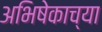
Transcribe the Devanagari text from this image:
अभिषेकाच्या